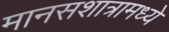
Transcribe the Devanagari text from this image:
मानसशात्रामध्ये